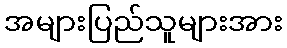
အများပြည်သူများအား